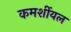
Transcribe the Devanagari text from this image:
कमर्शीयल